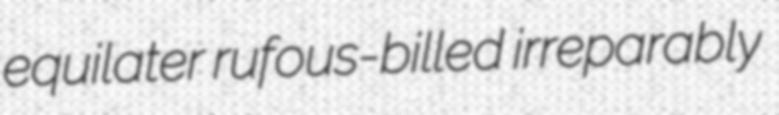
equilater rufous-billed irreparably